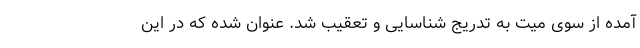
آمده از سوی میت به تدریج شناسایی و تعقیب شد. عنوان شده که در این